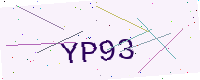
Text: YP93